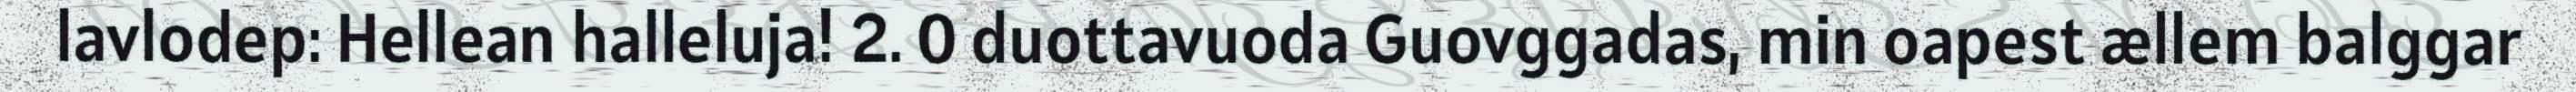
lavlodep: Hellean halleluja! 2. 0 duottavuoda Guovggadas, min oapest ællem balggar